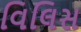
વિલિસ